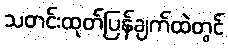
သတင်းထုတ်ပြန်ချက်ထဲတွင်